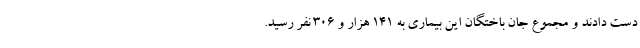
دست دادند و مجموع جان باختگان این بیماری به ۱۴۱ هزار و ۳۰۶ نفر رسید.